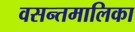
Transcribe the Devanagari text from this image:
वसन्तमालिका